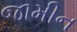
જામીન